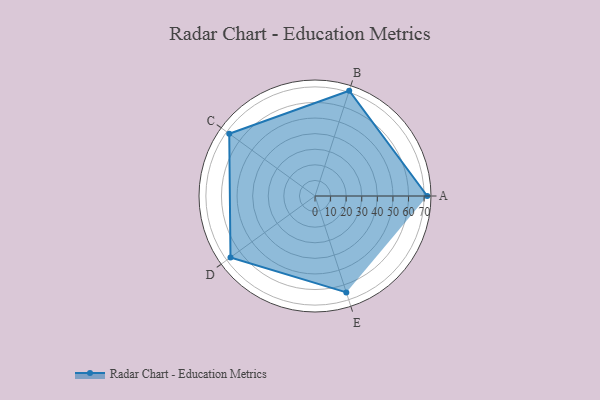
{"axis": {"x": "Skill", "y": "Score"}, "legend": ["Profile"], "data": [{"x": "A", "y": 72.0, "type": "Profile"}, {"x": "B", "y": 71.0, "type": "Profile"}, {"x": "C", "y": 68.0, "type": "Profile"}, {"x": "D", "y": 67.0, "type": "Profile"}, {"x": "E", "y": 65.0, "type": "Profile"}]}